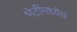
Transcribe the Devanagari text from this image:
भेटींमध्येच